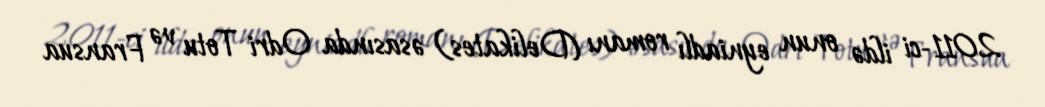
2011-ci ildə onun eyniadlı romanı (Delikates) əsasında Odri Totu və Fransua